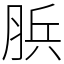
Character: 𦛼